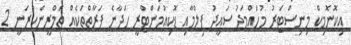
އިކޮނޮމިކް މިނިސްޓަރު މުހައްމަދު ސައީދު ފިލްމާއި ޑޮކިއުމަންޓްރީ ހަދާނެ ފަރާތްތަކެއް ތަމްރީންކުރަނީ 2